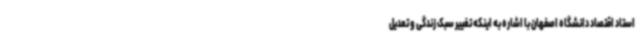
استاد اقتصاد دانشگاه اصفهان با اشاره به اینکه تغییر سبک زندگی و تعدیل